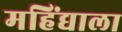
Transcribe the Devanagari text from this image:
महिंद्याला